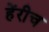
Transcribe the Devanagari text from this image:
हेंरीच